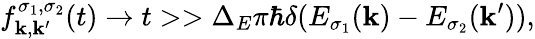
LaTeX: f_{\mathbf{k},\mathbf{k}^{\prime}}^{\sigma_{1},\sigma_{2}}(t)\xrightarrow{}{{t>>\Delta_{E}}}\pi\hbar\delta(E_{\sigma_{1}}(\mathbf{k})-E_{\sigma_{2}}(\mathbf{k}^{\prime})),